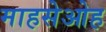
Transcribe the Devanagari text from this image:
माहसेओह